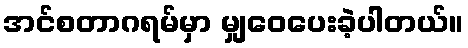
အင်စတာဂရမ်မှာ မျှဝေပေးခဲ့ပါတယ်။